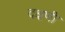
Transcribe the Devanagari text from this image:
दक्षणी